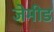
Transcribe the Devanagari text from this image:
जेमीड